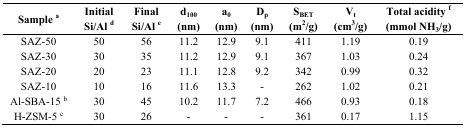
<table><thead><tr><td><b>Sample <sup>a</sup></b></td><td><b>Initial Si/Al <sup>d</sup></b></td><td><b>Final Si/Al <sup>e</sup></b></td><td><b>d<sub>100</sub> (nm)</b></td><td><b>a<sub>0</sub> (nm)</b></td><td><b>D<sub>p </sub>(nm)</b></td><td><b>S<sub>BET</sub> (m<sup>2</sup>/g)</b></td><td><b>V<sub>t</sub> (cm<sup>3</sup>/g)</b></td><td><b>Total acidity <sup>f</sup> (mmol NH<sub>3</sub>/g)</b></td></tr></thead><tbody><tr><td>SAZ-50</td><td>50</td><td>56</td><td>11.2</td><td>12.9</td><td>9.1</td><td>411</td><td>1.19</td><td>0.19</td></tr><tr><td>SAZ-30</td><td>30</td><td>35</td><td>11.2</td><td>12.9</td><td>9.1</td><td>367</td><td>1.03</td><td>0.24</td></tr><tr><td>SAZ-20</td><td>20</td><td>23</td><td>11.1</td><td>12.8</td><td>9.2</td><td>342</td><td>0.99</td><td>0.32</td></tr><tr><td>SAZ-10</td><td>10</td><td>16</td><td>11.6</td><td>13.3</td><td>-</td><td>262</td><td>1.02</td><td>0.21</td></tr><tr><td>Al-SBA-15 <sup>b</sup></td><td>30</td><td>45</td><td>10.2</td><td>11.7</td><td>7.2</td><td>466</td><td>0.93</td><td>0.18</td></tr><tr><td>H-ZSM-5 <sup>c</sup></td><td>30</td><td>26</td><td>-</td><td>-</td><td>-</td><td>361</td><td>0.17</td><td>1.15</td></tr></tbody></table>